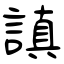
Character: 謓